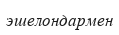
эшелондармен